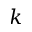
k